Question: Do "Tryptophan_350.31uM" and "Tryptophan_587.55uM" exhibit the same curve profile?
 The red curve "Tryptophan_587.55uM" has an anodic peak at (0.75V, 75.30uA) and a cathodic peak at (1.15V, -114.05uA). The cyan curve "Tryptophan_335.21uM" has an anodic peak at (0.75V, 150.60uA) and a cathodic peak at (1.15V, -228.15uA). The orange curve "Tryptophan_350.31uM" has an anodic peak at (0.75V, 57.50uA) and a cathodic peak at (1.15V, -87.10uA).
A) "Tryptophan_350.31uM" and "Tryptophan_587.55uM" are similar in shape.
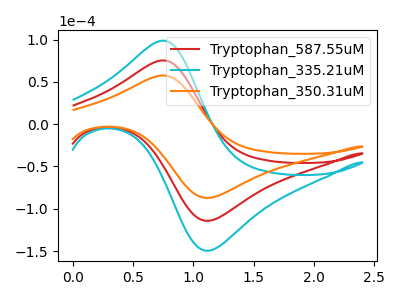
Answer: <think>All the peaks in "Tryptophan_350.31uM" have a peak in "Tryptophan_587.55uM" at the same potential. Every peak in "Tryptophan_350.31uM" is lower than every peak in "Tryptophan_587.55uM".
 </think>
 <answer>A) "Tryptophan_350.31uM" and "Tryptophan_587.55uM" are similar in shape.</answer>
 <eval>A</eval>